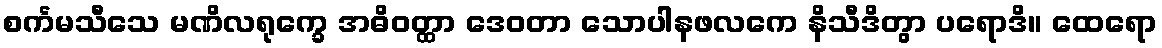
စင်္ကမသီသေ မဏိလရုက္ခေ အဓိဝတ္ထာ ဒေဝတာ သောပါနဖလကေ နိသီဒိတွာ ပရောဒိ။ ထေရော